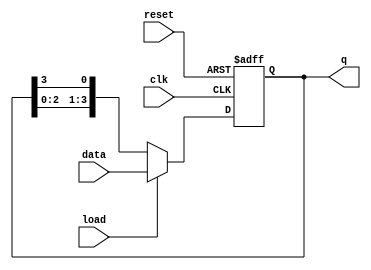
module loadable_ring_counter (
    input wire clk,          // Clock input
    input wire reset,        // Asynchronous reset input
    input wire load,         // Load input
    input wire [N-1:0] data, // Data input to load into the counter
    output reg [N-1:0] q     // Current state output
);
    parameter N = 4; // Number of flip-flops (counter width)

    always @(posedge clk or posedge reset) begin
        if (reset) begin
            // Reset the counter to all zeros
            q <= {N{1'b0}};
        end else if (load) begin
            // Load the counter with the specified data
            q <= data;
        end else begin
            // Shift the counter in ring mode
            q <= {q[N-2:0], q[N-1]}; // Shift left and wrap around
        end
    end
endmodule